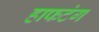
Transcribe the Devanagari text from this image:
हाफटंग